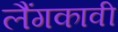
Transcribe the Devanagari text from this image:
लैंगकावी